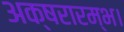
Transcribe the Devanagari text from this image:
अक्षरारम्भ।